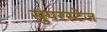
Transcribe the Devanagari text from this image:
सुपरस्टेज